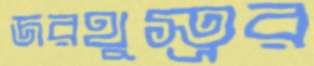
জরথুস্ত্রর